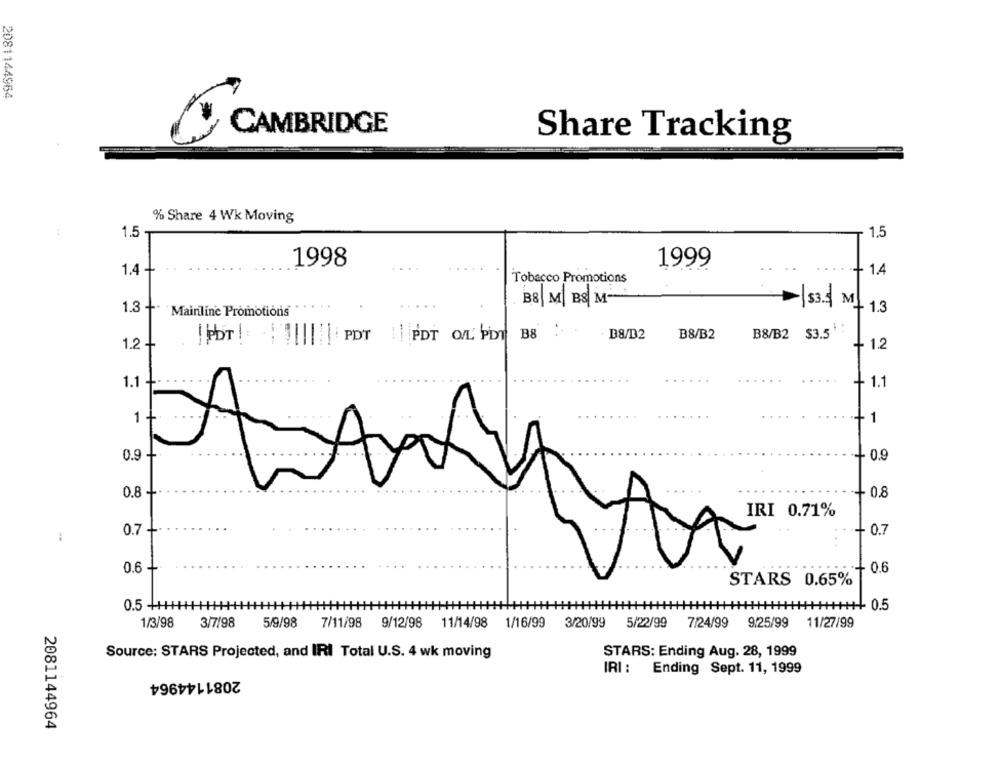
2081144964
CAMBRIDGE
Share Tracking
% Share 4 Wk Moving
:
1.5
1.5
1998
....
1999
1.4 +
1.4
Tobacco Promotions
B8 M BS M-
1.3 +
Mainline Promotions
1.3
B8
D8/B2
B8/B2
B8/B2 $3.5
PDT! PDT PDT Q/L PD
1.2 +
+1.2
1.1 -
+ 1.1
1 +
-++1
0.9 -
+ 0.9
0.8 -
0.8
IRI 0.71%
0.7 -
+ 0.7
:
0.6 +
0.6
STARS 0.65%
0.5 +++H
0.5
1/3/98
3/7/98
5/9/98
7/11/98 9/12/98
11/14/98
1/16/99
3/20/99
5/22/99
7/24/99
9.25/99 11/27/99
Source: STARS Projected, and IRI Total U.S. 4 wk moving
STARS: Ending Aug. 28, 1999
IRI: Ending Sept. 11, 1999
2081144964
2081144964